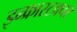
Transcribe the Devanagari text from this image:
इन्फ्रास्टक्चर